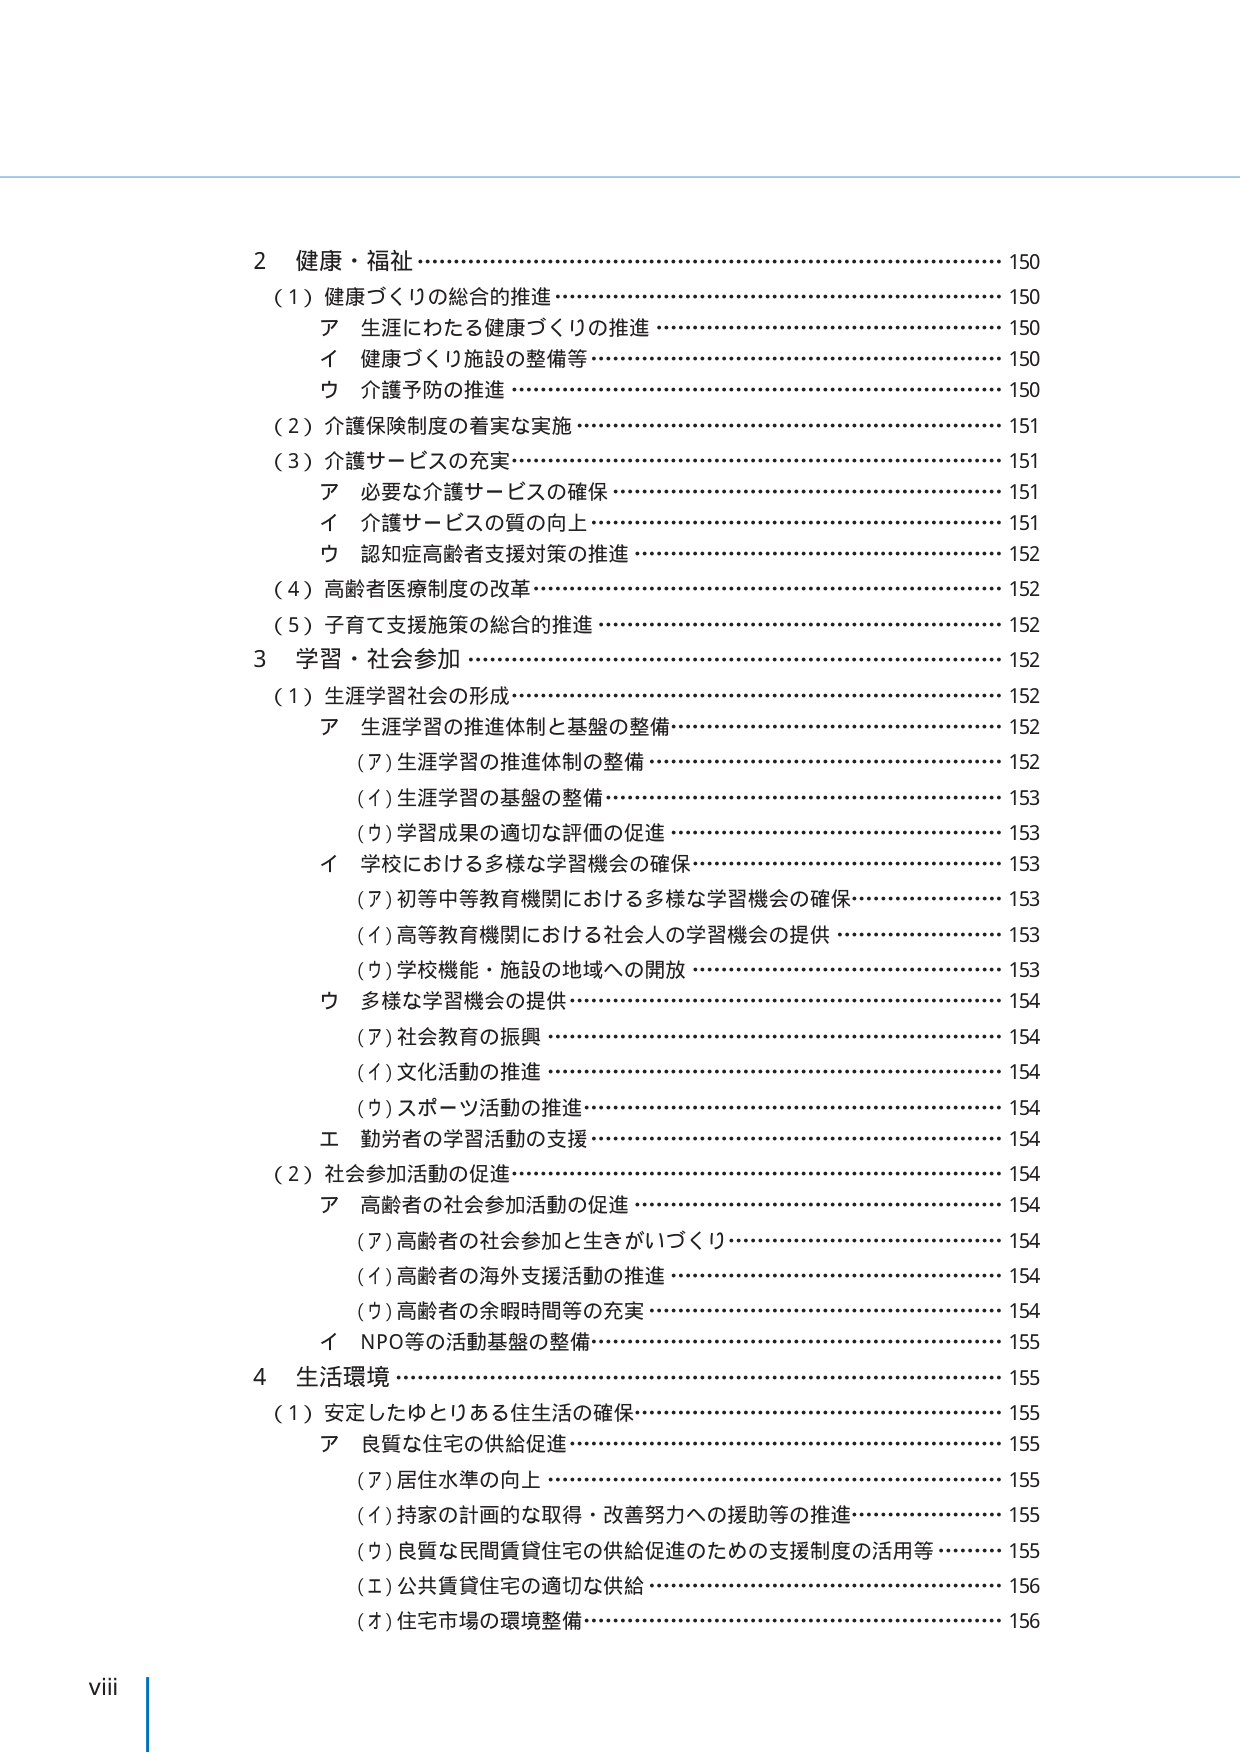
2 健康・福祉 ……………………………………………………………… 150
（1）健康づくりの総合的推進 …………………………………………… 150
　ア 生涯にわたる健康づくりの推進 …………………………………… 150
　イ 健康づくり施設の整備等 …………………………………………… 150
　ウ 介護予防の推進 ……………………………………………………… 150
（2）介護保険制度の着実な実施 ………………………………………… 151
（3）介護サービスの充実 ………………………………………………… 151
　ア 必要な介護サービスの確保 ………………………………………… 151
　イ 介護サービスの質の向上 …………………………………………… 151
　ウ 認知症高齢者支援対策の推進 ……………………………………… 152
（4）高齢者医療制度の改革 ……………………………………………… 152
（5）子育て支援施策の総合的推進 ……………………………………… 152
3 学習・社会参加 ………………………………………………………… 152
（1）生涯学習社会の形成 ………………………………………………… 152
　ア 生涯学習の推進体制と基盤の整備 ………………………………… 152
　　（ア）生涯学習の推進体制の整備 …………………………………… 152
　　（イ）生涯学習の基盤の整備 ………………………………………… 153
　　（ウ）学習成果の適切な評価の促進 ………………………………… 153
　イ 学校における多様な学習機会の確保 ……………………………… 153
　　（ア）初等中等教育機関における多様な学習機会の確保 …………… 153
　　（イ）高等教育機関における社会人の学習機会の提供 ……………… 153
　　（ウ）学校機能・施設の地域への開放 ……………………………… 153
　ウ 多様な学習機会の提供 ……………………………………………… 154
　　（ア）社会教育の振興 ………………………………………………… 154
　　（イ）文化活動の推進 ………………………………………………… 154
　　（ウ）スポーツ活動の推進 …………………………………………… 154
　エ 勤労者の学習活動の支援 …………………………………………… 154
（2）社会参加活動の促進 ………………………………………………… 154
　ア 高齢者の社会参加活動の促進 ……………………………………… 154
　　（ア）高齢者の社会参加と生きがいづくり ………………………… 154
　　（イ）高齢者の海外支援活動の推進 ………………………………… 154
　　（ウ）高齢者の余暇時間等の充実 …………………………………… 154
　イ NPO等の活動基盤の整備 …………………………………………… 155
4 生活環境 ………………………………………………………………… 155
（1）安定したゆとりある住生活の確保 ………………………………… 155
　ア 良質な住宅の供給促進 ……………………………………………… 155
　　（ア）居住水準の向上 ………………………………………………… 155
　　（イ）持家の計画的な取得・改善努力への援助等の推進 …………… 155
　　（ウ）良質な民間賃貸住宅の供給促進のための支援制度の活用等 … 155
　　（エ）公共賃貸住宅の適切な供給 …………………………………… 156
　　（オ）住宅市場の環境整備 …………………………………………… 156

viii